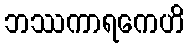
ဘဿကာရကေဟိ